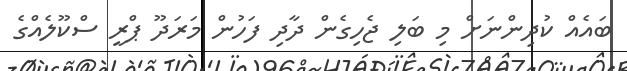
ބައެއް ކުދިންނަށް މި ބަލި ޖެހިގެން ދާދި ފަހުން މަރަދޫ ޕްރީ ސްކޫލެއްގެ